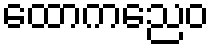
ထောကညေဝ